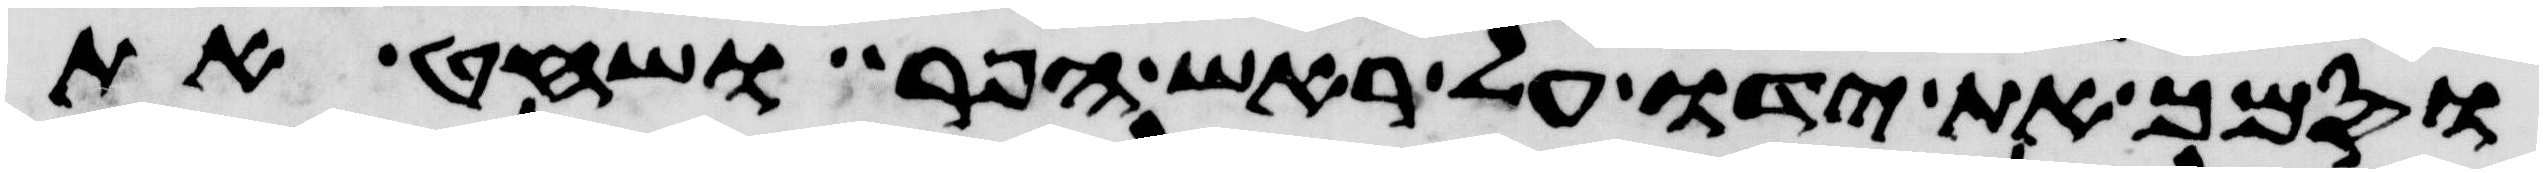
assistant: וסמך את ידו על ראש הפר ושחט את